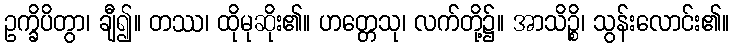
ဥက္ခိပိတွာ၊ ချီ၍။ တဿ၊ ထိုမုဆိုး၏။ ဟတ္တေသု၊ လက်တို့၌။ အာသိဉ္စိ၊ သွန်းလောင်း၏။